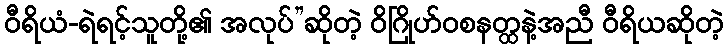
ဝီရိယံ-ရဲရင့်သူတို့၏ အလုပ်”ဆိုတဲ့ ဝိဂြိုဟ်ဝစနတ္ထနဲ့အညီ ဝီရိယဆိုတဲ့